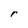
Character: r